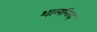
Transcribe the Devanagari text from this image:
शालगिरह